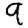
Digit: 9